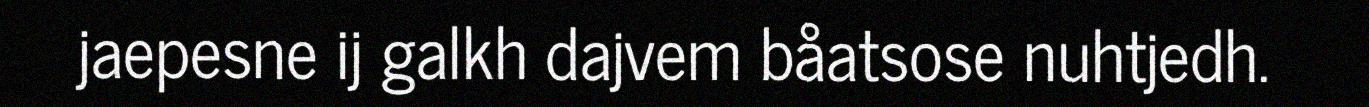
jaepesne ij galkh dajvem båatsose nuhtjedh.